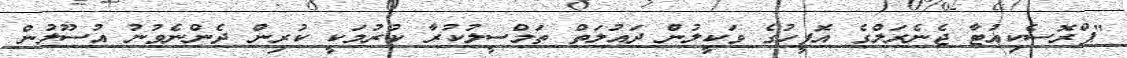
"ޕްރޮސެކިއުޓާ ޖެނެރަލްގެ އޮފީހުގެ ވަކީލުން ދައުލަތް ތަމްސީލުކުރާ ކުރުމަކީ ކުރިން ދެންނެވުނު އުސޫލުން